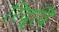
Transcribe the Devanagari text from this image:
रिद्दि